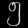
Digit: ၅